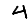
Digit: 4